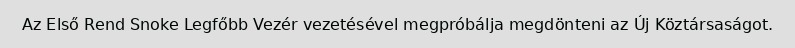
Az Első Rend Snoke Legfőbb Vezér vezetésével megpróbálja megdönteni az Új Köztársaságot.